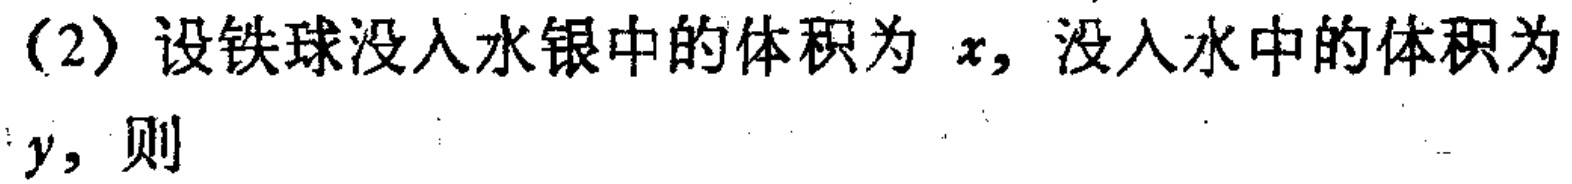
(2) 设铁球没入水银中的体积为 \(x\)，没入水中的体积为 \(y\)，则